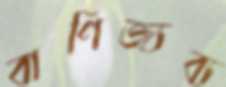
বাণিজ্যব্য